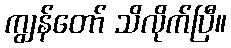
ကျွန်တော် သိလိုက်ပြီ။